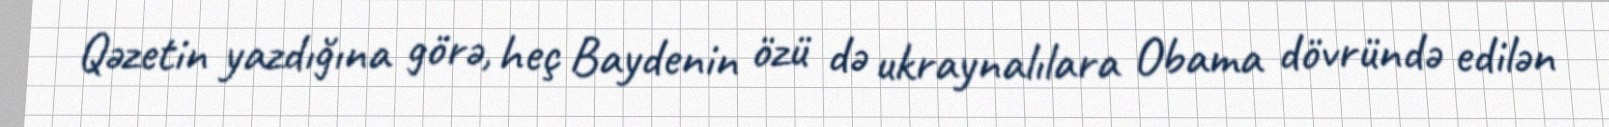
Qəzetin yazdığına görə, heç Baydenin özü də ukraynalılara Obama dövründə edilən